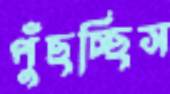
পুঁছচ্ছিস